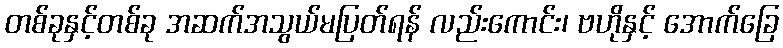
တစ်ခုနှင့်တစ်ခု အဆက်အသွယ်မပြတ်ရန် လည်းကောင်း၊ ဗဟိုနှင့် အောက်ခြေ